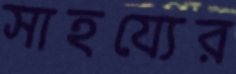
সাহয্যের